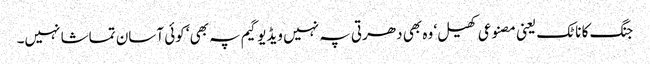
جنگ کا ناٹک یعنی مصنوعی کھیل‘ وہ بھی دھرتی پہ نہیں ویڈیو گیم پہ بھی‘ کوئی آسان تماشا نہیں۔